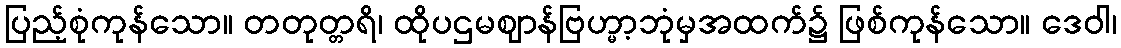
ပြည့်စုံကုန်သော။ တတုတ္တရိ၊ ထိုပဌမဈာန်ဗြဟ္မာ့ဘုံမှအထက်၌ ဖြစ်ကုန်သော။ ဒေဝါ၊